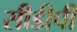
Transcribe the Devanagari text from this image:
सीडीपी